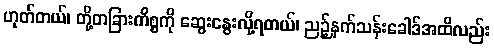
ဟုတ်တယ်၊ တို့တခြားကိစ္စကို ဆွေးနွေးလို့ရတယ်၊ ညဉ့်နက်သန်းခေါဒ်အထိလည်း